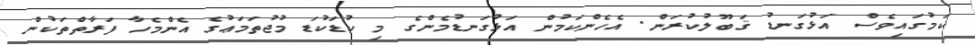
ކަމުގައިވެސް އަޅުގަނޑު ޤަބޫލުކުރަން. އެހެންކަމުން އަޅުގަނޑުމެންގެ މި ކުޑަކުޑަ މުޖުތަމަޢުގެ އެންމެހާ ފަރާތްތަކުން